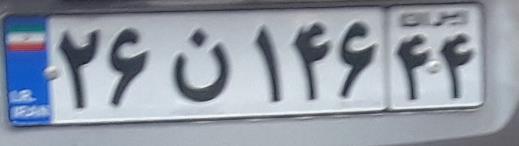
۲۶ن۱۴۶۴۴